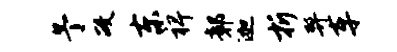
予政东裨鄣迦折弊车